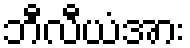
ဘီလီယံအား